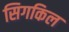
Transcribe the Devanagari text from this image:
सिगकिल